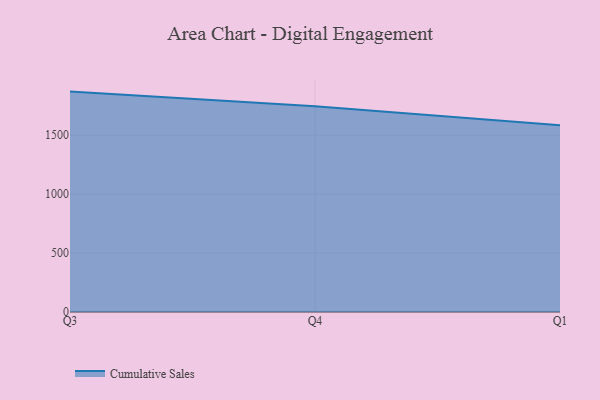
{"axis": {"x": "Quarter", "y": "Page Views"}, "legend": ["Cumulative Sales"], "data": [{"x": "Q3", "y": 1870.8, "type": "Cumulative Sales"}, {"x": "Q4", "y": 1745.4, "type": "Cumulative Sales"}, {"x": "Q1", "y": 1585.1, "type": "Cumulative Sales"}]}